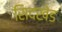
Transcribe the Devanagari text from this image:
सिदखेड